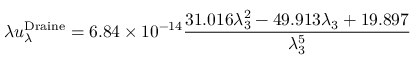
\lambda u _ { \lambda } ^ { \mathrm { { D r a i n e } } } = 6 . 8 4 \times 1 0 ^ { - 1 4 } \frac { 3 1 . 0 1 6 \lambda _ { 3 } ^ { 2 } - 4 9 . 9 1 3 \lambda _ { 3 } + 1 9 . 8 9 7 } { \lambda _ { 3 } ^ { 5 } }